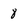
Character: 8